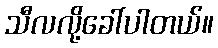
သီလလို့ခေါ်ပါတယ်။